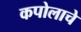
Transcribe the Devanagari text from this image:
कपोलाचे